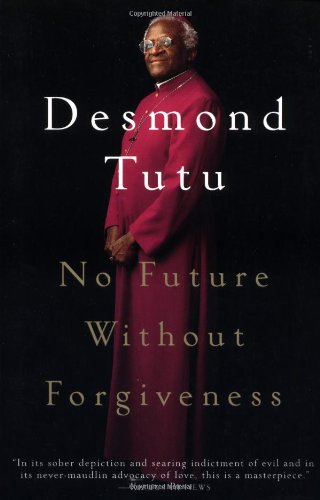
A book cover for No Future Without Forgiveness; Desmond Tutu; History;